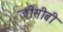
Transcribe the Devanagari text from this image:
जीसीबी